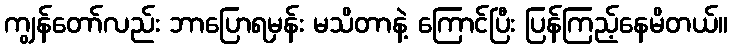
ကျွန်တော်လည်း ဘာပြောရမှန်း မသိတာနဲ့ ကြောင်ပြီး ပြန်ကြည့်နေမိတယ်။